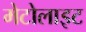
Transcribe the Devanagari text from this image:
मेटोलाइट